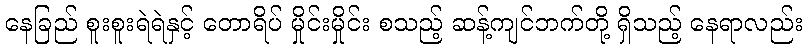
နေခြည် စူးစူးရဲရဲနှင့် တောရိပ် မှိုင်းမှိုင်း စသည့် ဆန့်ကျင်ဘက်တို့ ရှိသည့် နေရာလည်း